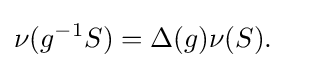
\nu (g^{-1}S)=\Delta (g)\nu (S).\quad